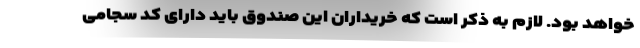
خواهد بود. لازم به ذکر است که خریداران این صندوق باید دارای کد سجامی